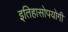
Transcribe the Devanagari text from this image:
इतिहासोपयोगी